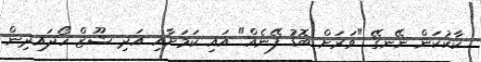
ކާކުކަން ނޭނގޭ "ވަރަށް ބޮޑު ފޭނެއް" އައި ކަމަށާއި އަދި ޝޫޒް ހޯދައިދިން